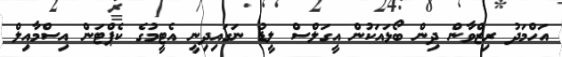
އަހްމަދު ރިޒްވާން ދިން ބޯޅައަކުން އީގަލްސް ލީޑު ނަގައިދިނީ އެޓީމުގެ ކެޕްޓަން އިސްމާއިލް